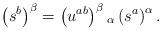
LaTeX: \begin{align*}\left(s^b \right)^\beta = \left( u^{ab} \right)^\beta{}_\alpha \left( s^a \right)^\alpha.\end{align*}